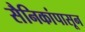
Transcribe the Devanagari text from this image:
सैनिकांपासून